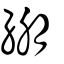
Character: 綳